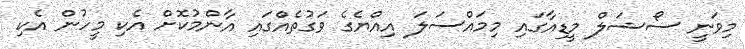
މިވަނީ ސޯޝަލް މީޑިއާގައި މިމައްސަލަ އިއްޔެގެ ވަގުތެއްގައި އާންމުކޮށް އެކި މީހުން އެކި